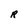
Character: R